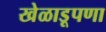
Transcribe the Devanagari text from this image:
खेळाडूपणा